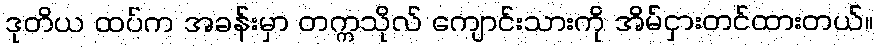
ဒုတိယ ထပ်က အခန်းမှာ တက္ကသိုလ် ကျောင်းသားကို အိမ်ငှားတင်ထားတယ်။